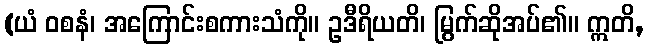
(ယံ ဝစနံ၊ အကြောင်းစကားသံကို။ ဥဒီရိယတိ၊ မြွက်ဆိုအပ်၏။ ဣတိ,